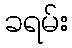
ခရမ်း